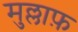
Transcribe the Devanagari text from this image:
मुल्लाफ़